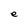
Character: e